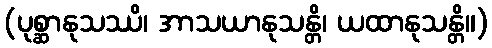
(ပုစ္ဆာနုသဿိ၊ အာသယာနုသန္တိ၊ ယထာနုသန္တိ။)